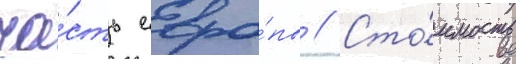
ча́сть евро́пы // Сто́имость